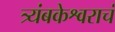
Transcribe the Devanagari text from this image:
त्र्यंबकेश्वराचं